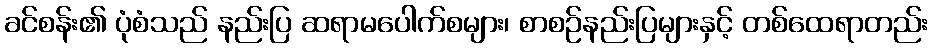
ခင်စန်း၏ ပုံစံသည် နည်းပြ ဆရာမပေါက်စများ၊ စာစဉ်နည်းပြများနှင့် တစ်ထေရာတည်း